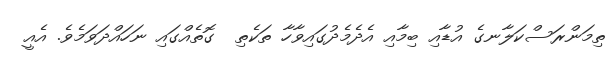
ތިމަންރަސްކަލާނގެ އުޑާއި ބިމާއި އެދެމެދުގައިވާހާ ތަކެތި  ގޮތެއްގައި ނަހައްދަވަމެވެ. އެއީ